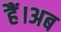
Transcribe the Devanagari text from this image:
हैं।अब